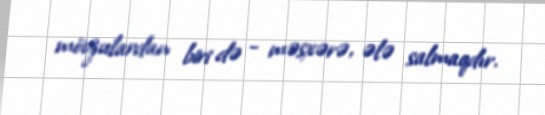
mövzulardan biri də - məsxərə, ələ salmaqdır.